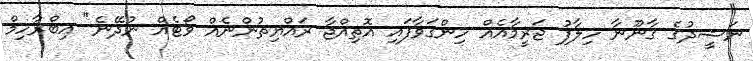
ނަޝީދުގެ ގާނޫނާ ހިލާފު ޖަރީމާއެއް ހިންގަވާފައި އޮތިއްޖާ ރައްޔިތުންނެއް ވޯޓެއް ނުދޭނެ" އިބްރާހިމް